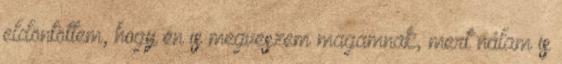
eldöntöttem, hogy én is megveszem magamnak, mert nálam is